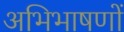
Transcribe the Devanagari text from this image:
अभिभाषणों